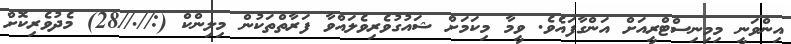
އިންވަނީ މިމިނިސްޓްރީއަށް އަންގާފައެވެ. ވީމާ މިކަމަށް ޝައުގުވެރިވެލައްވާ ފަރާތްތަކުން މިލިންކް (://.//28) މެދުވެރިކޮށް